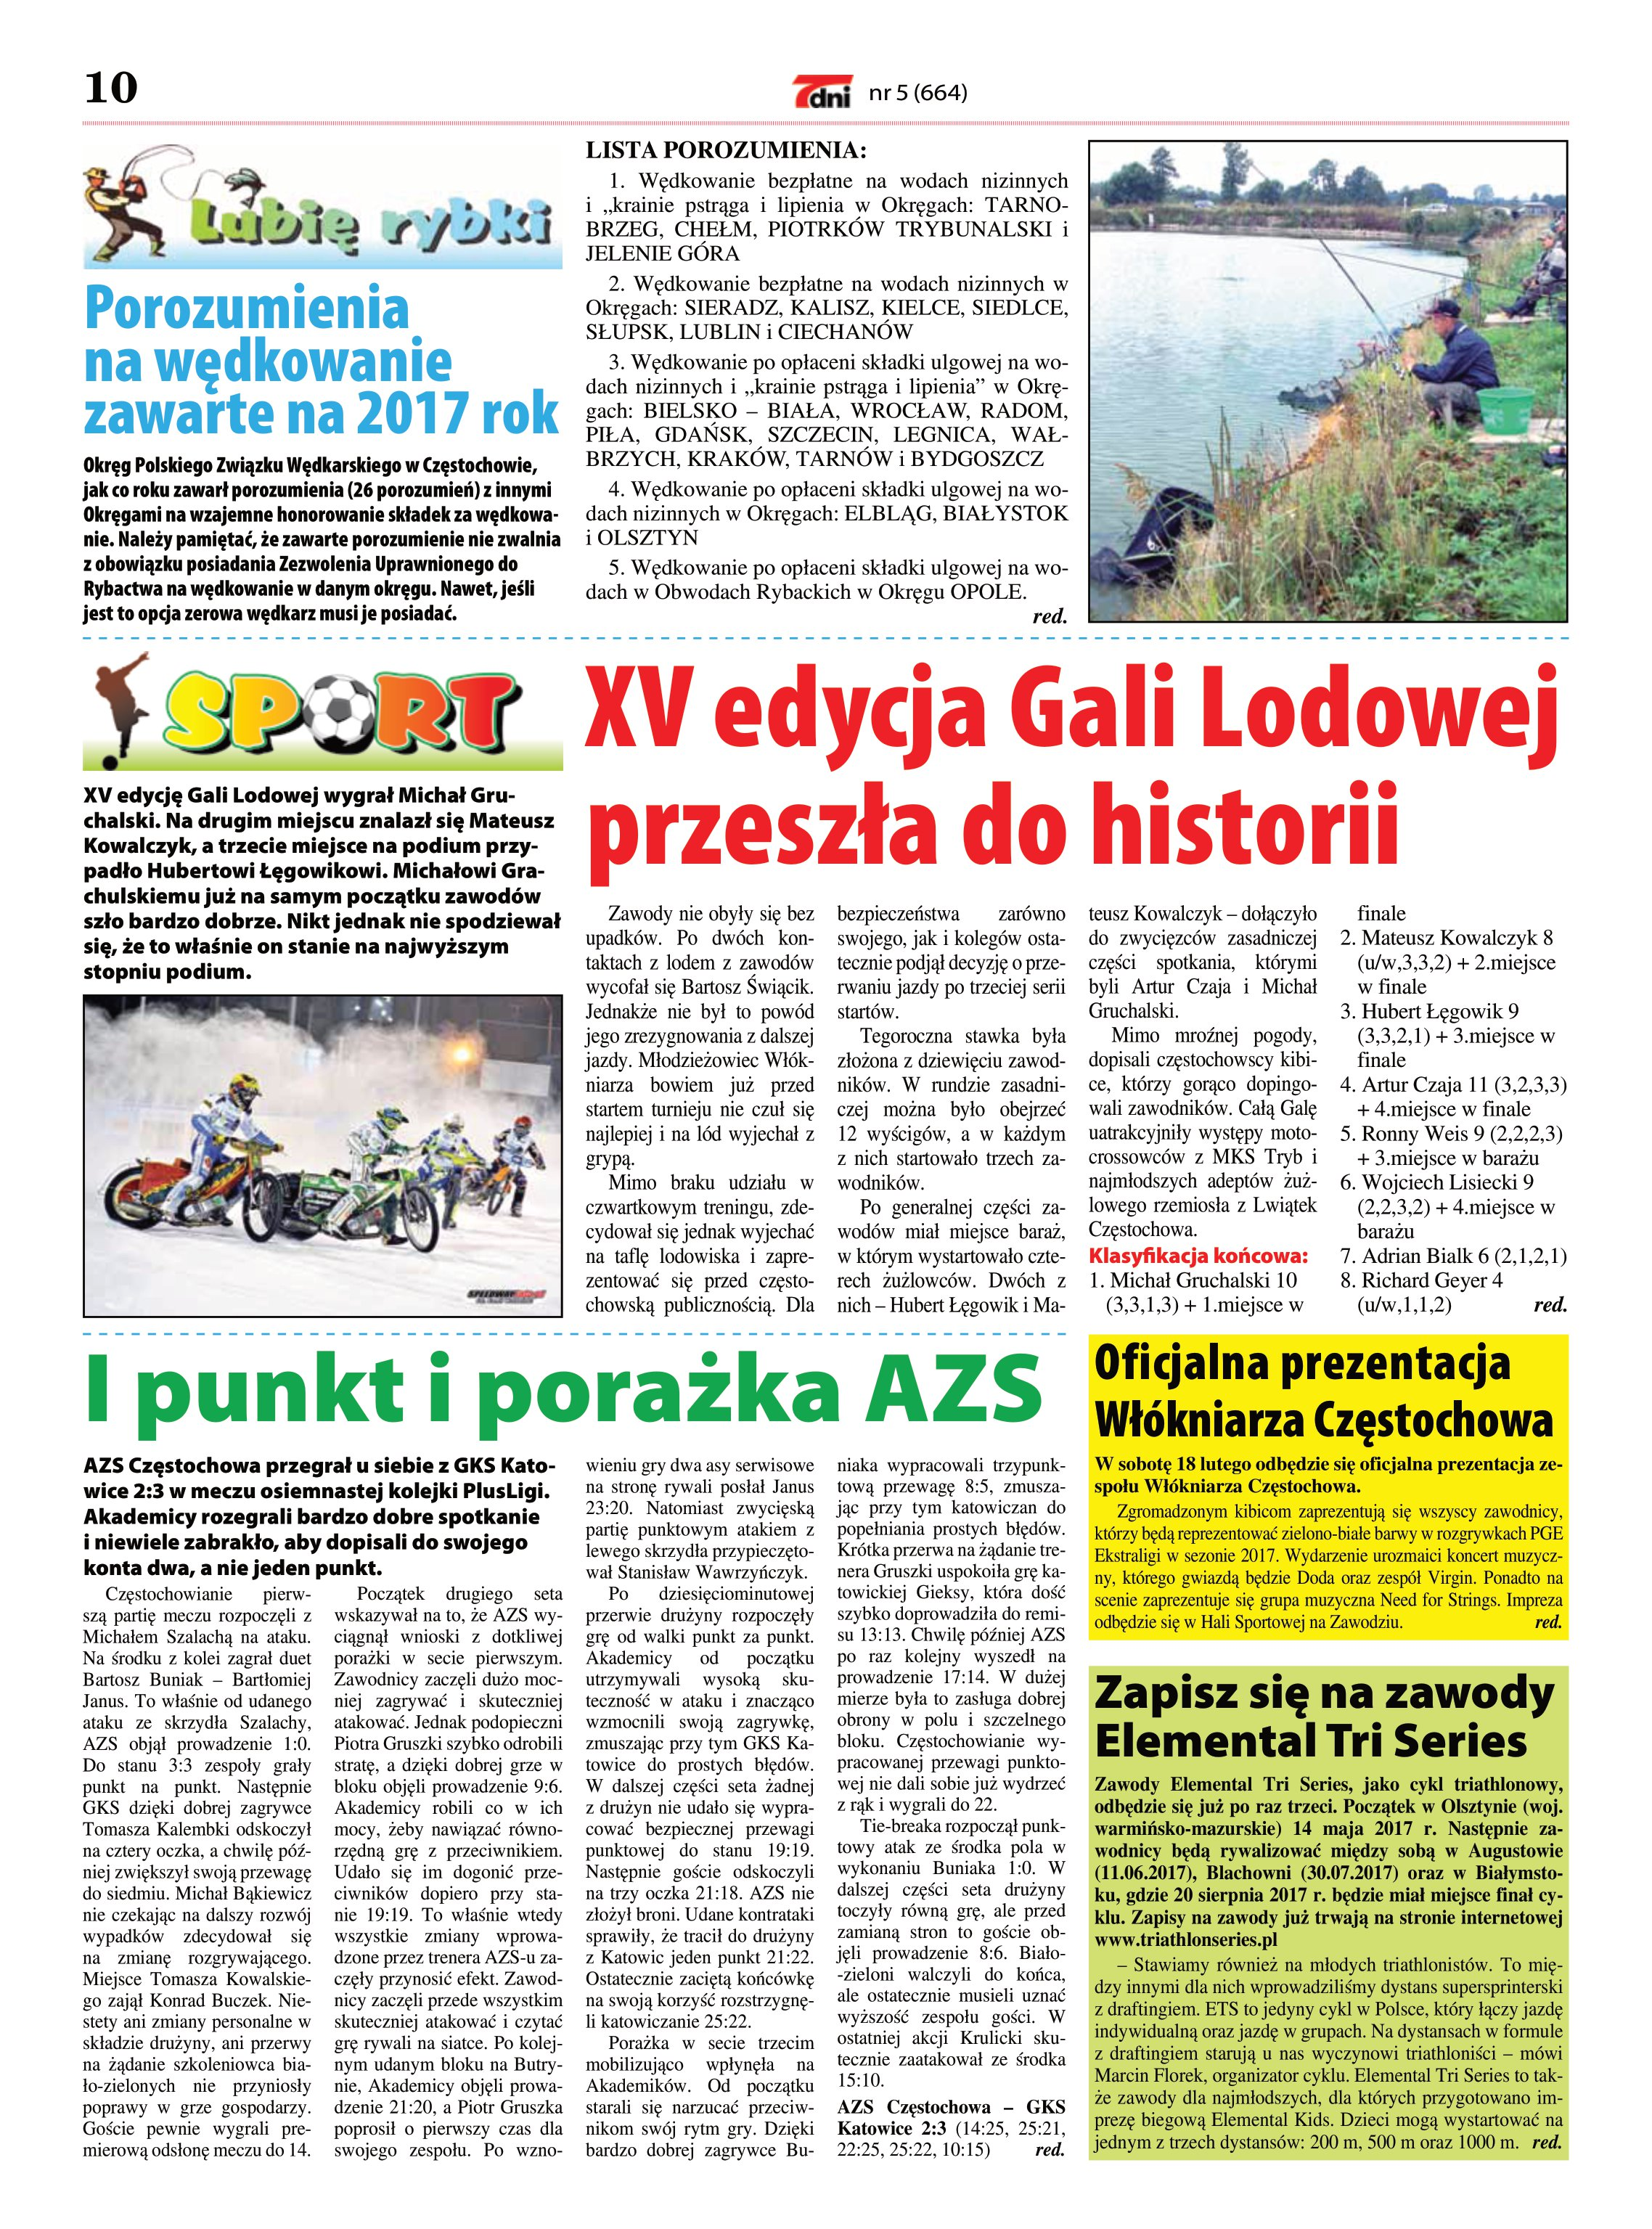
Language: pl